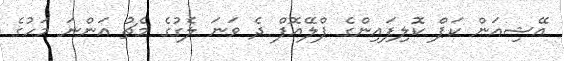
އޭޝިއަން ކަޕް ކޮލިފައިންގެ ޕްލޭއޮފް ދެ ވަނަ ލެގުގެ މެޗު އަންނަ މަހުގެ